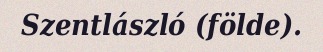
Szentlászló (földe).